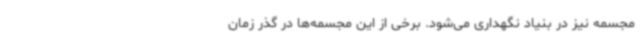
مجسمه نیز در بنیاد نگهداری می‌شود. برخی از این مجسمه‌ها در گذر زمان